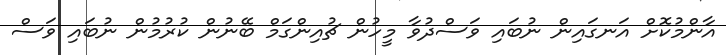
އާންމުކޮށް އަނގައިން ނުބައި ވަސްދުވާ މީހުން ޗުއިންގަމް ބޭނުން ކުރުމުން ނުބައި ވަސް